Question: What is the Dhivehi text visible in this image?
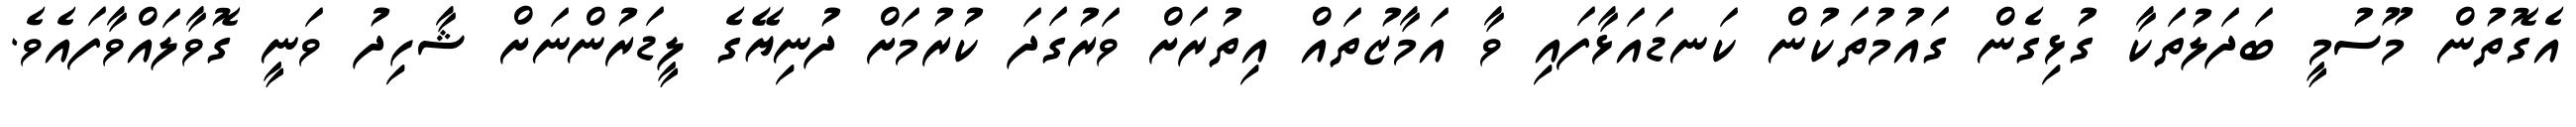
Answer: އެގޮތުން މޫސުމީ ބަދަލުތަކާ ގުޅިގެން ގައުމުތަކުން ކަނޑައަޅާފައި ވާ އަމާޒުތައް އިތުރަށް ވަރުގަދަ ކުރުމަށް ދުނިޔޭގެ ލީޑަރުންނަށް ޝާހިދު ވަނީ ގޮވާލައްވާފައެވެ.